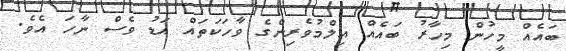
ބައެއް މީހުން މިހާރު ބައެއް އިލްމުވެރިންގެ ވާހަކަތައް އަޑު ވެސް ނާހަ އެވެ.